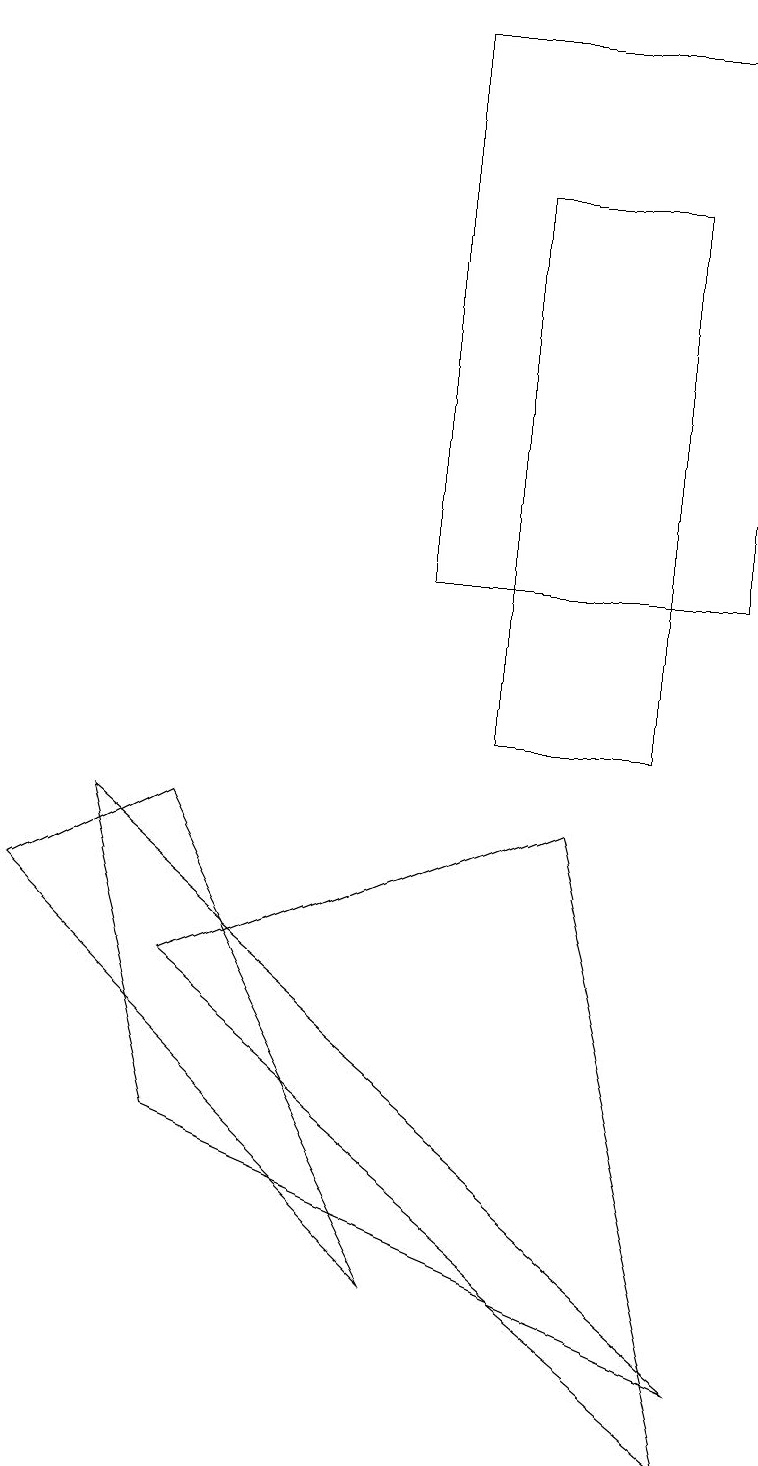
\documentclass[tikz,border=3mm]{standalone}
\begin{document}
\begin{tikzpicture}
\draw (5,19) rectangle (9,12);
\draw (8,10) rectangle (6,17);
\draw (9,1) -- (7,9) -- (2,7) -- cycle;
\draw (1,9) -- (2,5) -- (9,2) -- cycle;
\draw (0,8) -- (5,3) -- (2,9) -- cycle;
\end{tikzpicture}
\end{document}